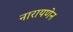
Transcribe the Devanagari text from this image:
नारायणेन